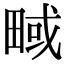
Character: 㽣